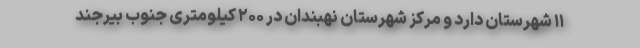
۱۱ شهرستان دارد و مرکز شهرستان نهبندان در ۲۰۰ کیلومتری جنوب بیرجند